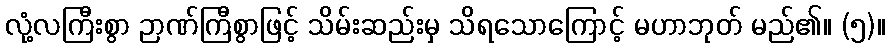
လုံ့လကြီးစွာ ဉာဏ်ကြီစွာဖြင့် သိမ်းဆည်းမှ သိရသောကြောင့် မဟာဘုတ် မည်၏။ (၅)။